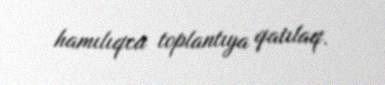
hamılıqca toplantıya qatılaq.